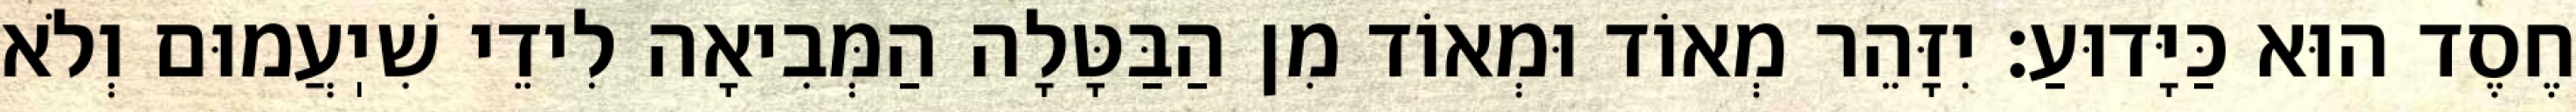
חֶסֶד הוּא כַּיָּדוּעַ: יִזָּהֵר מְאוֹד וּמְאוֹד מִן הַבַּטָּלָה הַמְּבִיאָה לִידֵי שִׁיֽעֲמוּם וְלֹא